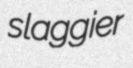
slaggier